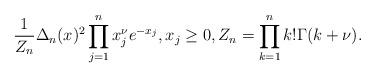
LaTeX: \begin{align*} \frac{1}{Z_n}\Delta_n(x)^2\prod_{j=1}^n x_j^\nu e^{-x_j},x_j\geq 0, Z_n = \prod^n_{k = 1} k! \Gamma(k + \nu).\end{align*}